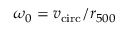
\omega _ { 0 } = v _ { \mathrm { c i r c } } / r _ { 5 0 0 }